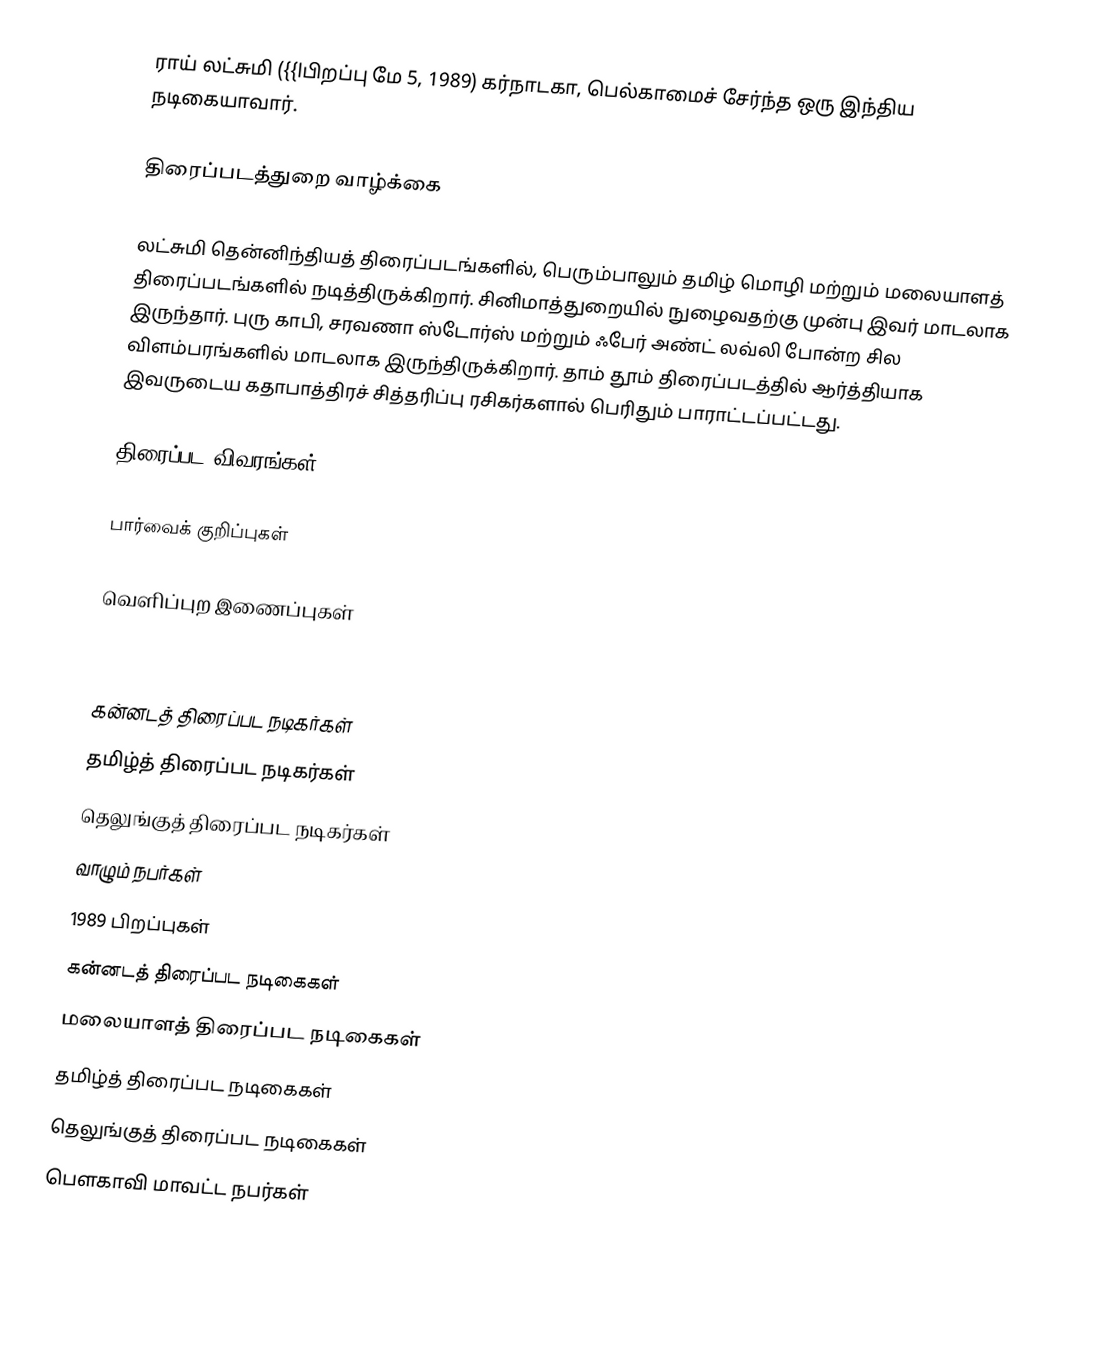
ராய் லட்சுமி   ({{lபிறப்பு மே 5, 1989) கர்நாடகா, பெல்காமைச் சேர்ந்த ஒரு இந்திய நடிகையாவார்.

திரைப்படத்துறை வாழ்க்கை

லட்சுமி தென்னிந்தியத் திரைப்படங்களில், பெரும்பாலும் தமிழ் மொழி மற்றும் மலையாளத் திரைப்படங்களில் நடித்திருக்கிறார். சினிமாத்துறையில் நுழைவதற்கு முன்பு இவர் மாடலாக இருந்தார். புரு காபி, சரவணா ஸ்டோர்ஸ் மற்றும் ஃபேர் அண்ட் லவ்லி போன்ற சில விளம்பரங்களில் மாடலாக இருந்திருக்கிறார். தாம் தூம் திரைப்படத்தில் ஆர்த்தியாக இவருடைய கதாபாத்திரச் சித்தரிப்பு ரசிகர்களால் பெரிதும் பாராட்டப்பட்டது.

திரைப்பட விவரங்கள்

பார்வைக் குறிப்புகள்

வெளிப்புற இணைப்புகள்

கன்னடத் திரைப்பட நடிகர்கள்
தமிழ்த் திரைப்பட நடிகர்கள்
தெலுங்குத் திரைப்பட நடிகர்கள்
வாழும் நபர்கள்
1989 பிறப்புகள்
கன்னடத் திரைப்பட நடிகைகள்
மலையாளத் திரைப்பட நடிகைகள்
தமிழ்த் திரைப்பட நடிகைகள்
தெலுங்குத் திரைப்பட நடிகைகள்
பெளகாவி மாவட்ட நபர்கள்